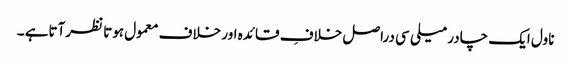
ناول ایک چادر میلی سی دراصل خلافِ قائدہ اور خلاف معمول ہوتا نظرآتاہے ۔